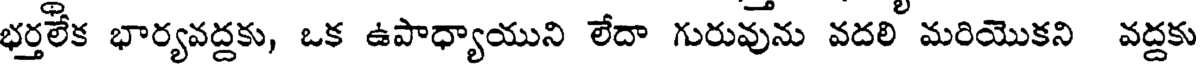
భర్తలేక భార్యవద్దకు, ఒక ఉపాధ్యాయుని లేదా గురువును వదలి మరియొకని వద్దకు